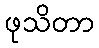
ဖုသိတာ